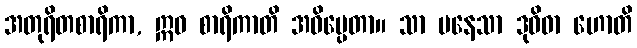
အတုရိတစာရိကာ, ဣဓ စာရိကာတိ အဓိပ္ပေတာ။ သာ ပနေသာ ဒုဝိဓာ ဟောတိ